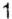
1